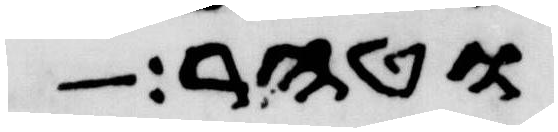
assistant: וטהר